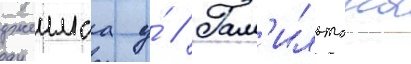
джеимса у́ // Гам'ильтона